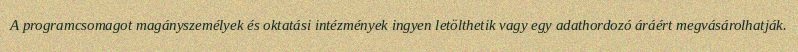
A programcsomagot magányszemélyek és oktatási intézmények ingyen letölthetik vagy egy adathordozó áráért megvásárolhatják.